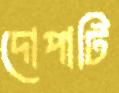
দোপাটি